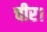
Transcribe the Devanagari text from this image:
चीर।